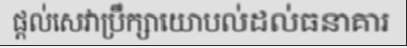
ផ្តល់សេវាប្រឹក្សាយោបល់ដល់ធនាគារ